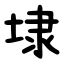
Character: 埭